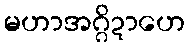
မဟာအဂ္ဂိဍာဟေ